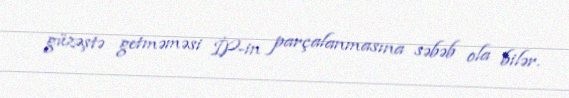
güzəştə getməməsi İP-in parçalanmasına səbəb ola bilər.